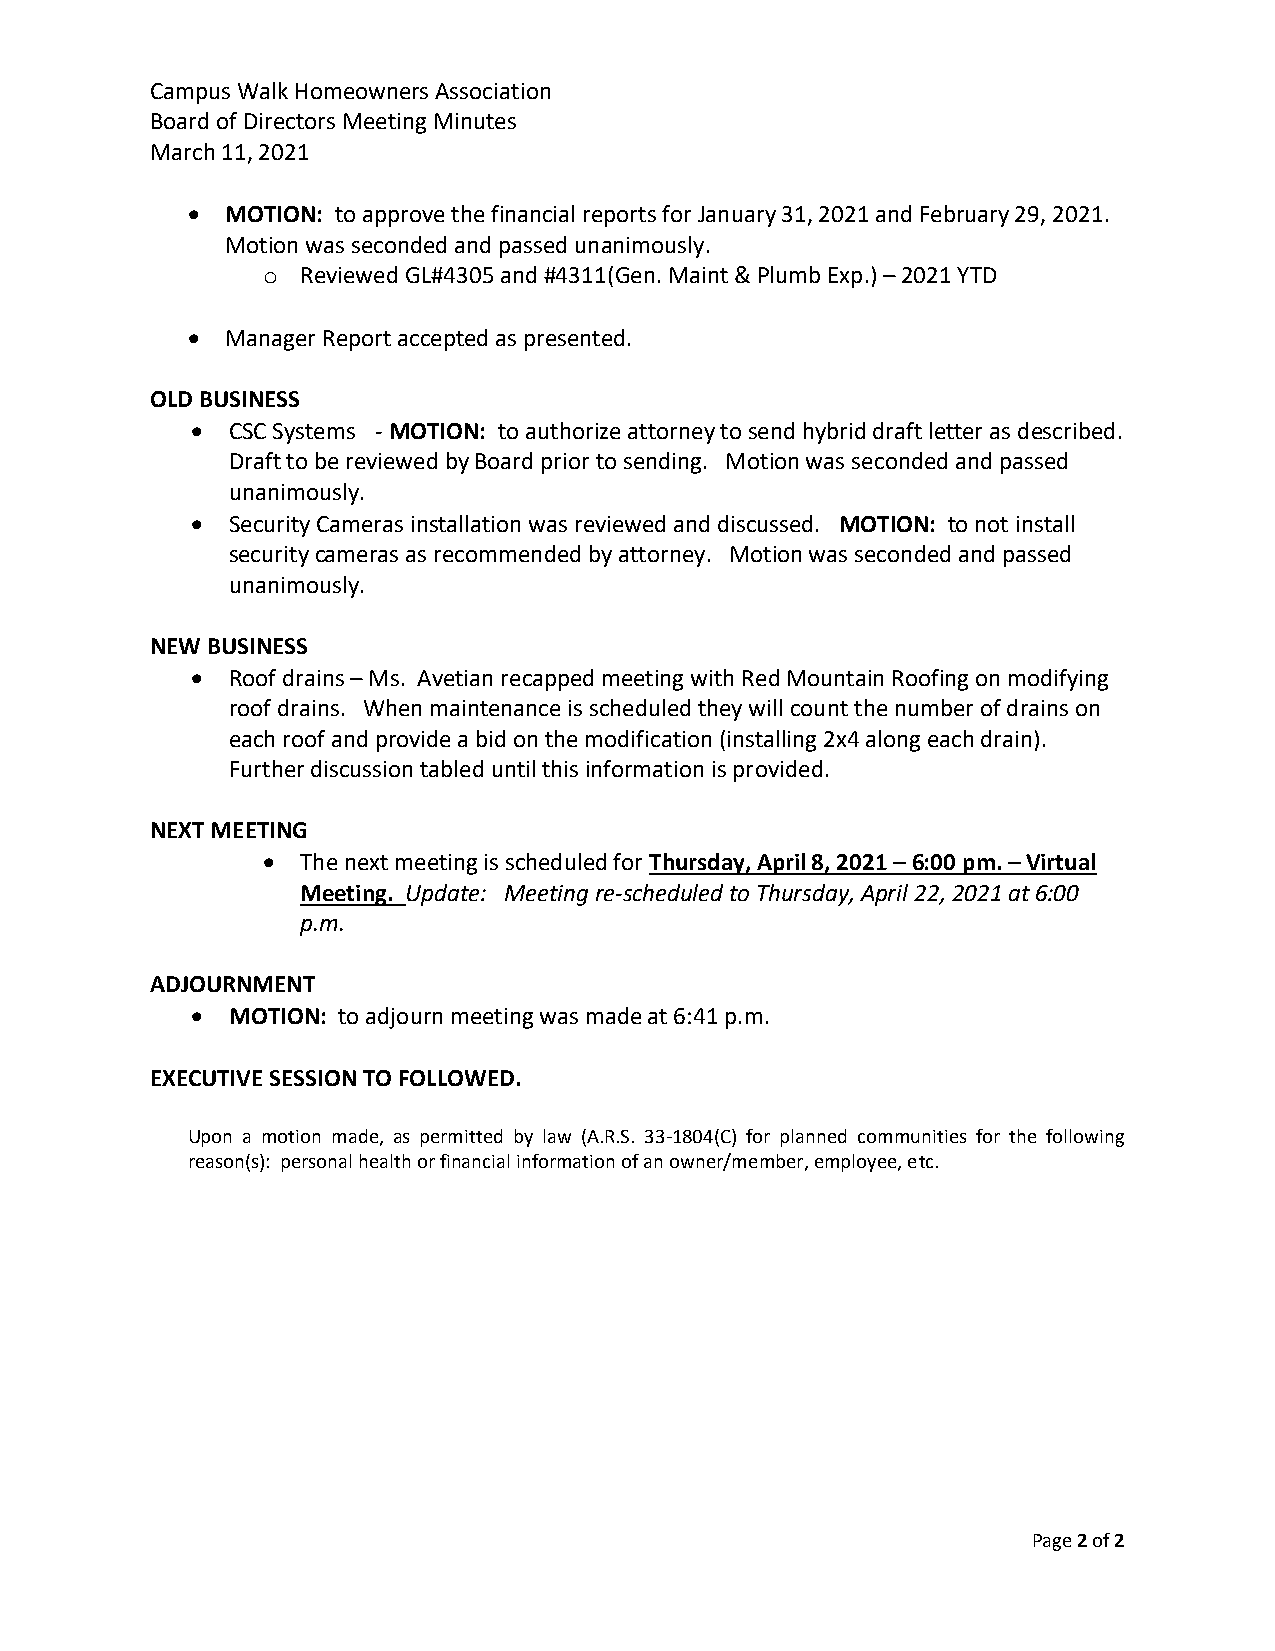
Campus Walk Homeowners Association
 Board of Directors Meeting Minutes
 March 11, 2021
   MOTION: to approve the financial reports for January 31, 2021 and February 29, 2021.
 Motion was seconded and passed unanimously.
 o  Reviewed GL#4305 and #4311(Gen. Maint & Plumb Exp.) – 2021 YTD
   Manager Report accepted as presented.
 OLD BUSINESS
  CSC Systems - MOTION: to authorize attorney to send hybrid draft letter as described.
 Draft to be reviewed by Board prior to sending. Motion was seconded and passed
 unanimously.
  Security Cameras installation was reviewed and discussed. MOTION: to not install
 security cameras as recommended by attorney. Motion was seconded and passed
 unanimously.
 NEW BUSINESS
  Roof drains – Ms. Avetian recapped meeting with Red Mountain Roofing on modifying
 roof drains. When maintenance is scheduled they will count the number of drains on
 each roof and provide a bid on the modification (installing 2x4 along each drain).
 Further discussion tabled until this information is provided.
 NEXT MEETING
   The next meeting is scheduled for Thursday, April 8, 2021 – 6:00 pm. – Virtual
 Meeting. Update: Meeting re-scheduled to Thursday, April 22, 2021 at 6:00
 p.m.
 ADJOURNMENT
  MOTION: to adjourn meeting was made at 6:41 p.m.
 EXECUTIVE SESSION TO FOLLOWED.
 Upon a motion made, as permitted by law (A.R.S. 33-1804(C) for planned communities for the following
 reason(s): personal health or financial information of an owner/member, employee, etc.
 Page 2 of 2